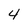
Character: 4